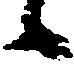
候